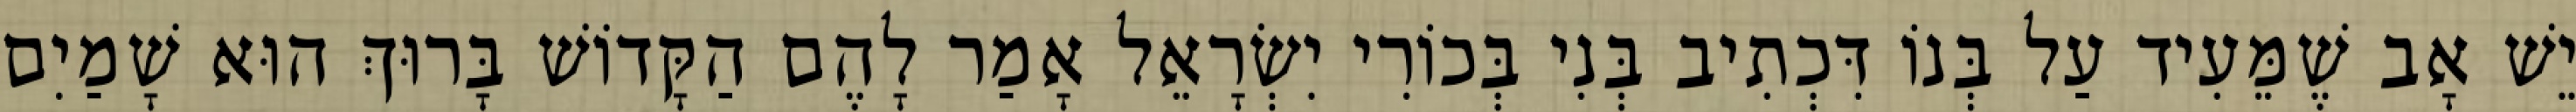
יֵשׁ אָב שֶׁמֵּעִיד עַל בְּנוֹ דִּכְתִיב בְּנִי בְּכוֹרִי יִשְׂרָאֵל אָמַר לָהֶם הַקָּדוֹשׁ בָּרוּךְ הוּא שָׁמַיִם